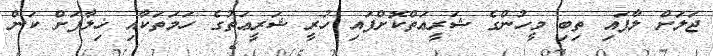
ޖަލަށް ލާފައި ތިބި މީހުންގެ ޝަރީޢަތްކޮށްފައި ހުރީ ޝަރީޢަތުގެ ހަމަތަކާއި ޚިލާފަށް ކަން